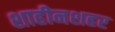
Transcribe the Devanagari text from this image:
शाहीनशहर